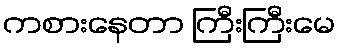
ကစားနေတာ ကြီးကြီးမေ